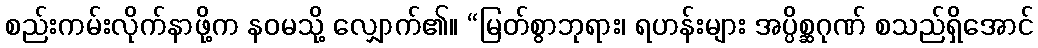
စည်းကမ်းလိုက်နာဖို့က နဝမသို့ လျှောက်၏။ “မြတ်စွာဘုရား၊ ရဟန်းများ အပ္ပိစ္ဆဂုဏ် စသည်ရှိအောင်